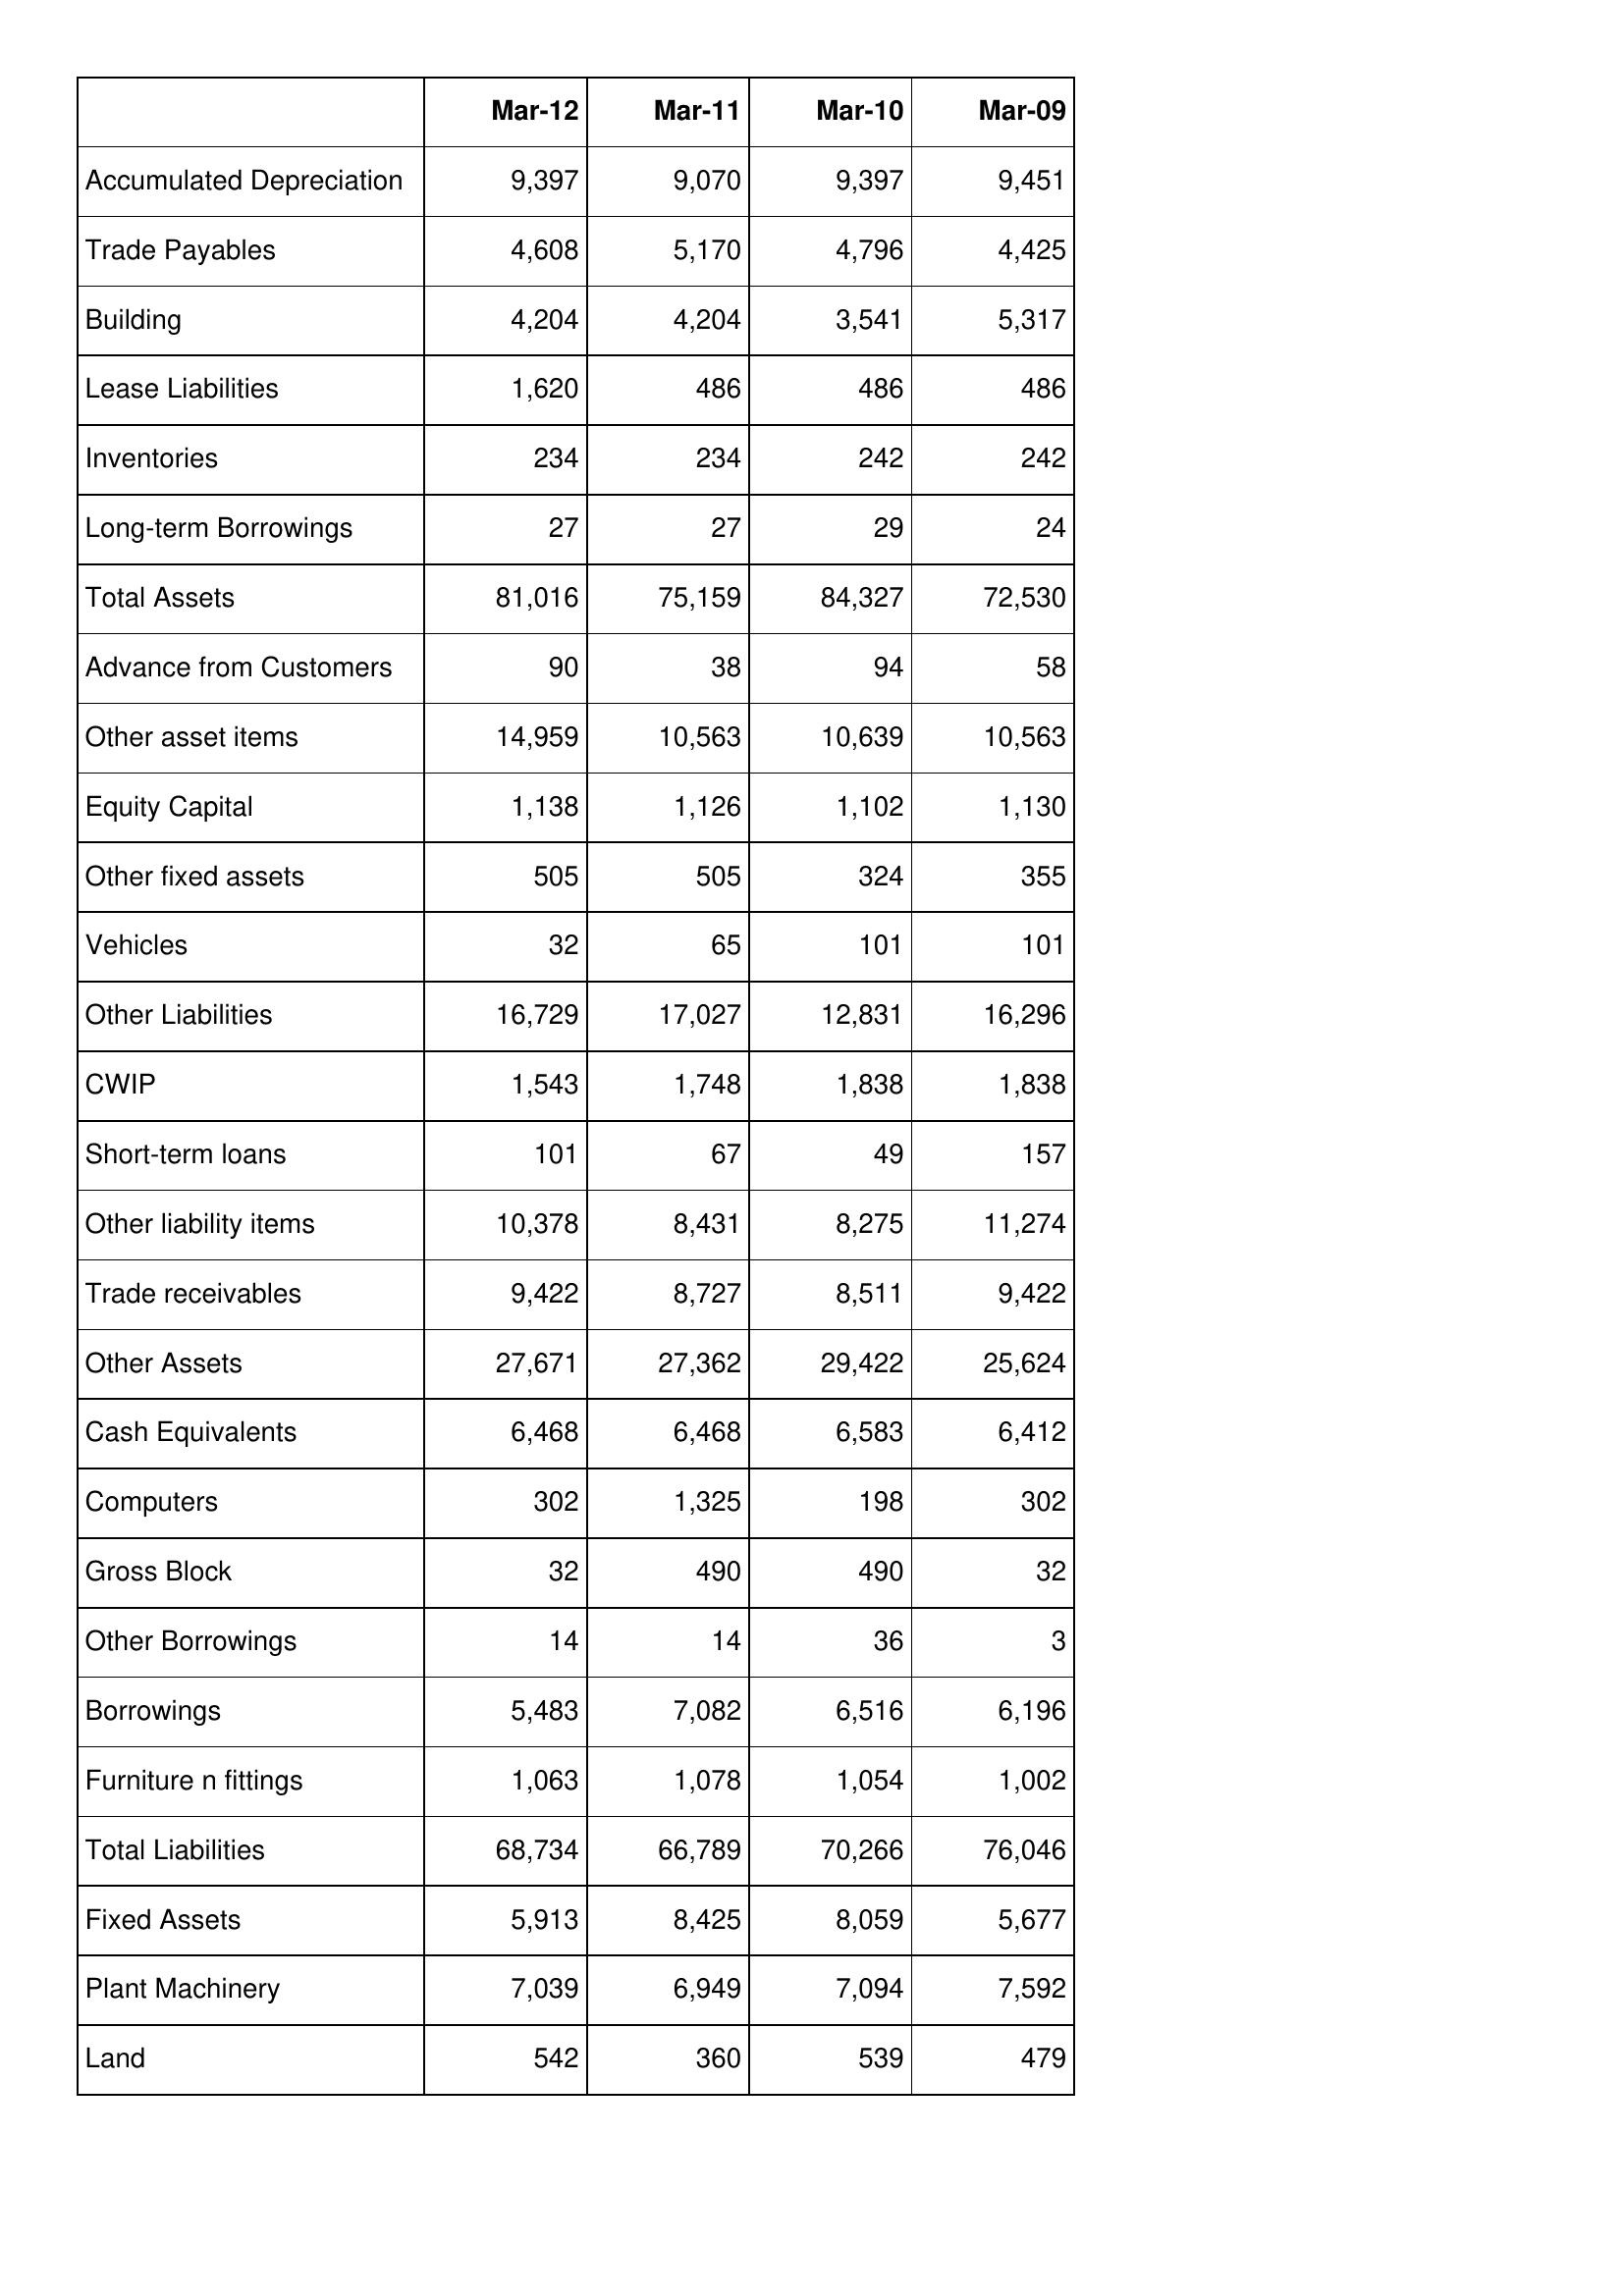
Mar-12: Balance Sheet: Accumulated Depreciation: 9,397
Trade Payables: 4,608
Building: 4,204
Lease Liabilities: 1,620
Inventories: 234
Long-term Borrowings: 27
Total Assets: 81,016
Advance from Customers: 90
Other asset items: 14,959
Equity Capital: 1,138
Other fixed assets: 505
Vehicles: 32
Other Liabilities: 16,729
CWIP: 1,543
Short-term loans: 101
Other liability items: 10,378
Trade receivables: 9,422
Other Assets: 27,671
Cash Equivalents: 6,468
Computers: 302
Gross Block: 32
Other Borrowings: 14
Borrowings: 5,483
Furniture n fittings: 1,063
Total Liabilities: 68,734
Fixed Assets: 5,913
Plant Machinery: 7,039
Land: 542
Mar-11: Balance Sheet: Accumulated Depreciation: 9,070
Trade Payables: 5,170
Building: 4,204
Lease Liabilities: 486
Inventories: 234
Long-term Borrowings: 27
Total Assets: 75,159
Advance from Customers: 38
Other asset items: 10,563
Equity Capital: 1,126
Other fixed assets: 505
Vehicles: 65
Other Liabilities: 17,027
CWIP: 1,748
Short-term loans: 67
Other liability items: 8,431
Trade receivables: 8,727
Other Assets: 27,362
Cash Equivalents: 6,468
Computers: 1,325
Gross Block: 490
Other Borrowings: 14
Borrowings: 7,082
Furniture n fittings: 1,078
Total Liabilities: 66,789
Fixed Assets: 8,425
Plant Machinery: 6,949
Land: 360
Mar-10: Balance Sheet: Accumulated Depreciation: 9,397
Trade Payables: 4,796
Building: 3,541
Lease Liabilities: 486
Inventories: 242
Long-term Borrowings: 29
Total Assets: 84,327
Advance from Customers: 94
Other asset items: 10,639
Equity Capital: 1,102
Other fixed assets: 324
Vehicles: 101
Other Liabilities: 12,831
CWIP: 1,838
Short-term loans: 49
Other liability items: 8,275
Trade receivables: 8,511
Other Assets: 29,422
Cash Equivalents: 6,583
Computers: 198
Gross Block: 490
Other Borrowings: 36
Borrowings: 6,516
Furniture n fittings: 1,054
Total Liabilities: 70,266
Fixed Assets: 8,059
Plant Machinery: 7,094
Land: 539
Mar-09: Balance Sheet: Accumulated Depreciation: 9,451
Trade Payables: 4,425
Building: 5,317
Lease Liabilities: 486
Inventories: 242
Long-term Borrowings: 24
Total Assets: 72,530
Advance from Customers: 58
Other asset items: 10,563
Equity Capital: 1,130
Other fixed assets: 355
Vehicles: 101
Other Liabilities: 16,296
CWIP: 1,838
Short-term loans: 157
Other liability items: 11,274
Trade receivables: 9,422
Other Assets: 25,624
Cash Equivalents: 6,412
Computers: 302
Gross Block: 32
Other Borrowings: 3
Borrowings: 6,196
Furniture n fittings: 1,002
Total Liabilities: 76,046
Fixed Assets: 5,677
Plant Machinery: 7,592
Land: 479